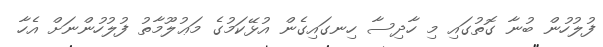
ފުލުހުން ބުނާ ގޮތުގައި މި ހާދިސާ ހިނގައިގެން އުޅޭކަމުގެ މަޢުލޫމާތު ފުލުހުންނަށް އެހާ